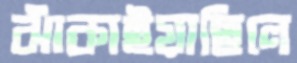
ঝাঁকাইয়াছিলে